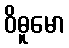
ဝိဓူမော